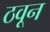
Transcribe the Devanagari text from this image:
ठवून